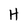
Character: H